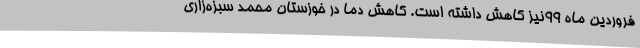
فروردین ماه 99نیز کاهش داشته است. کاهش دما در خوزستان محمد سبزه‌زاری